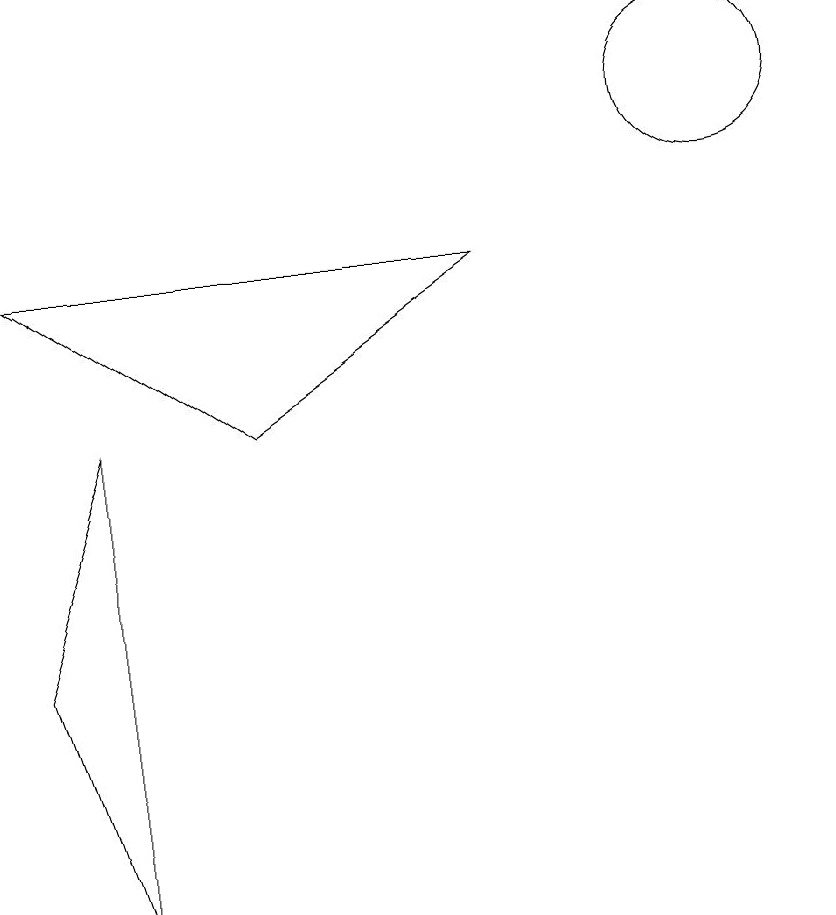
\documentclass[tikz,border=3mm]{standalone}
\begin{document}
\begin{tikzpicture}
\draw (3,7) -- (2,4) -- (3,1) -- cycle;
\draw (11,11) circle (1);
\draw (8,9) -- (2,9) -- (5,7) -- cycle;
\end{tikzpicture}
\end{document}